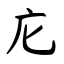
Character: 庀